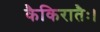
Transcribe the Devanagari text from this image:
कैकिरातैः।